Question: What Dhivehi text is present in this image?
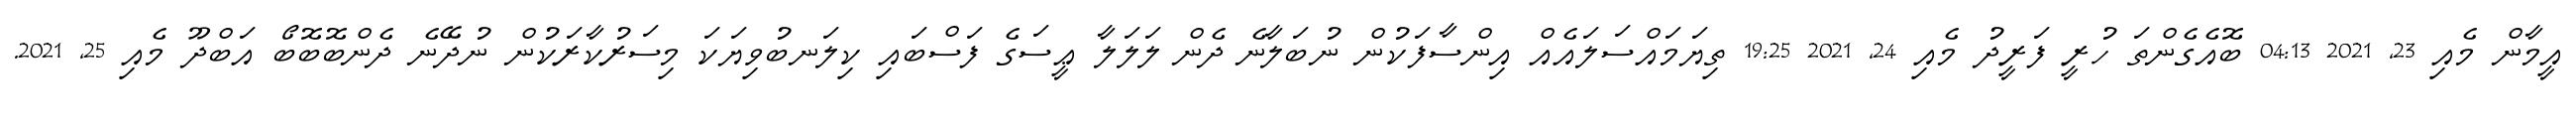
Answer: އީމާން މެއި 23, 2021 04:13 ބޮއެގެންތަ ހުރީ ފަރީދު މެއި 24, 2021 19:25 ތިޔަމައްސަލައެއް އިންސާފަކުން ނުބަލާނެ ދެން ލަލަލާ ޢީސަގެ ފަސްބައި ކިލަނބުވިޔަކަ މިސަރުކާރަކުން ނުދޭނެ ދެންބޮބޮބޯ އަބްދޫ މެއި 25, 2021.